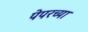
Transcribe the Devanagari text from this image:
पेपरच्या